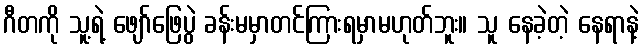
ဂီတကို သူ့ရဲ့ ဖျော်ဖြေပွဲ ခန်းမမှာတင်ကြားရမှာမဟုတ်ဘူး။ သူ နေခဲ့တဲ့ နေရာနဲ့